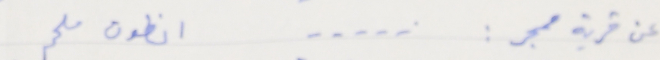
عن قريةممجز: ..... انطون ملحم